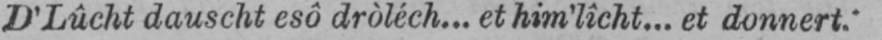
D’Lûcht dauscht esô dròléch... et him’lîcht... et donnert.